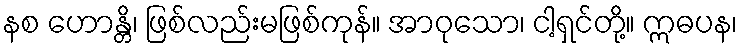
နစ ဟောန္တိ၊ ဖြစ်လည်းမဖြစ်ကုန်။ အာဝုသော၊ ငါ့ရှင်တို့။ ဣဓပန၊